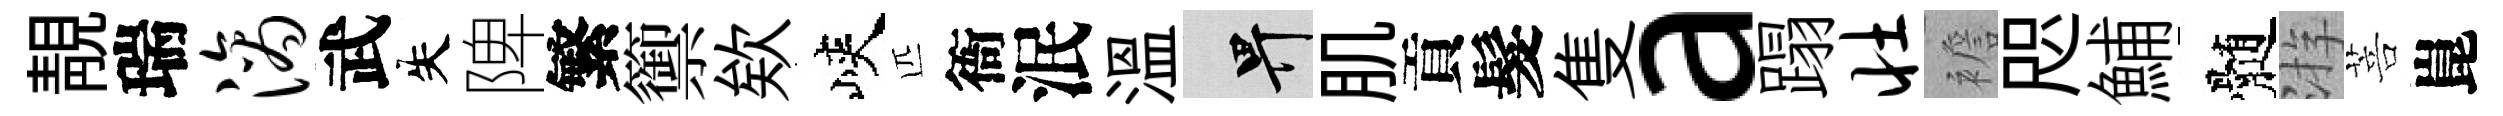
靚瑞滴武失陴繁籞欸峽匹衙泯温畀肌貢髮隻a蹋壮襜咫鯆髄㳺菩崑